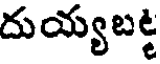
దుయ్యబట్ట